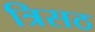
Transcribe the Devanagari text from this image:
त्रिसठ